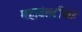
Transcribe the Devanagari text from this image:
महावंशटीका